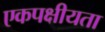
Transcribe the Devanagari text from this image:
एकपक्षीयता